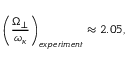
\left( { \frac { \Omega _ { \perp } } { \omega _ { \kappa } } } \right) _ { e x p e r i m e n t } \approx 2 . 0 5 ,